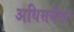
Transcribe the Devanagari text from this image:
अधिसत्तेचा